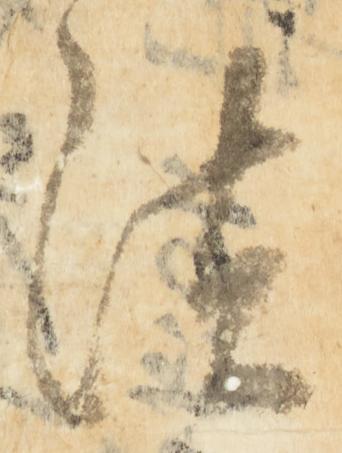
法